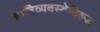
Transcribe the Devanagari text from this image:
जातिव्यवस्थेविरूद्ध